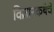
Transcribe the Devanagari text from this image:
विज्ञानकथेचे